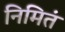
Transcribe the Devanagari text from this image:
निमितं